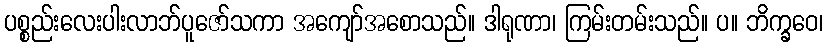
ပစ္စည်းလေးပါးလာဘ်ပူဇော်သကာ အကျော်အစောသည်။ ဒါရုဏာ၊ ကြမ်းတမ်းသည်။ ပ။ ဘိက္ခဝေ၊